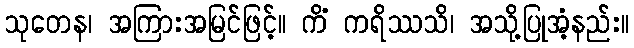
သုတေန၊ အကြားအမြင်ဖြင့်။ ကိံ ကရိဿသိ၊ အသို့ပြုအံ့နည်း။